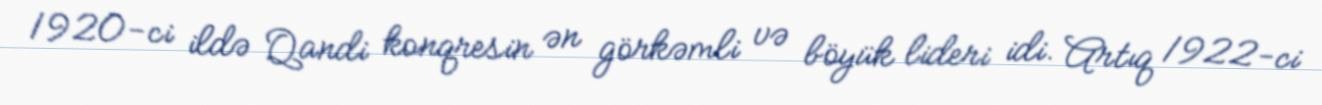
1920-ci ildə Qandi konqresin ən görkəmli və böyük lideri idi. Artıq 1922-ci